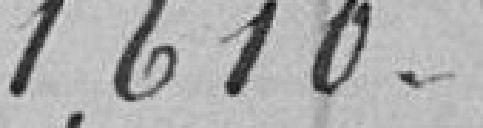
1,610.